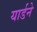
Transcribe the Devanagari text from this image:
यार्डने